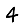
Digit: 4